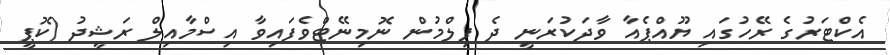
އެކްޓަރުގެ ރޭހުގައި ޔޫއްޕެއާ ވާދަކުރަނީ ދެ ފިލްމުން ނޮމިނޭޓްވެފައިވާ އިސްމާއިލް ރަޝީދު (ކޮޕީ